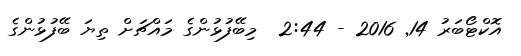
އޮކްޓޯބަރު 14